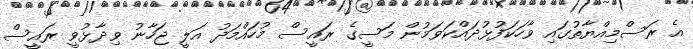
އެ ރަސްމިއްޔާތުގައި ވާހަކަފުޅުދައްކަވަމުން މަސީގެ ރައީސް މުހައްމަދު އަލީ ޖަހާނު ވިދާޅުވީ ރައީސް